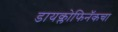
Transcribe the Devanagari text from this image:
डायक्लोफिनॅकचा